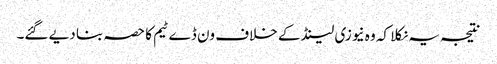
نتیجہ یہ نکلا کہ وہ نیوزی لینڈ کے خلاف ون ڈے ٹیم کا حصہ بنا دیے گئے۔